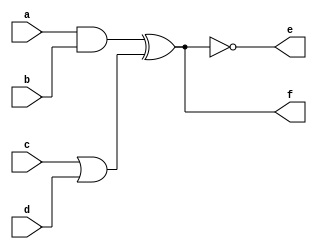
`timescale 1ns/1ns

module top_module (
	input a,
	input b,
	input c,
	input d,
	output e,
	output f );
wire w1,w2;
assign w1=a&b;
assign w2=c|d;
assign f=w1^w2;
assign e=!(w1^w2);
endmodule